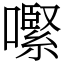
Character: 𡁵